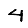
Digit: 4